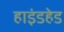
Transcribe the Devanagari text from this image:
हाइंडहेड